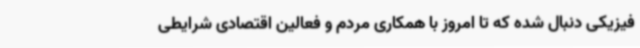
فیزیکی دنبال شده که تا امروز با همکاری مردم و فعالین اقتصادی شرایطی